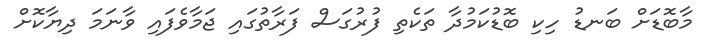
މާބޮޑަށް ބަނޑު ހިކި ބޮޑުކަމުދާ ތަކެތި ފުރުގަސް ފަރާތުގައި ޖަމާވެފައި ވާނަމަ ދިޔާކޮށް